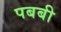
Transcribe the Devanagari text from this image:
पबबी